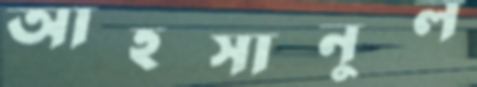
আহসানুল